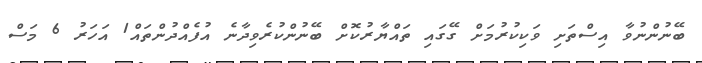
ބޭނުންނުވާ އިސްތަށި ވަކިކުރުމަށް ގޭގައި ތައްޔާރުކޮށް ބޭނުންކުރެވިދާނެ އުފެއްދުންތައް1 އަހަރު 6 މަސް